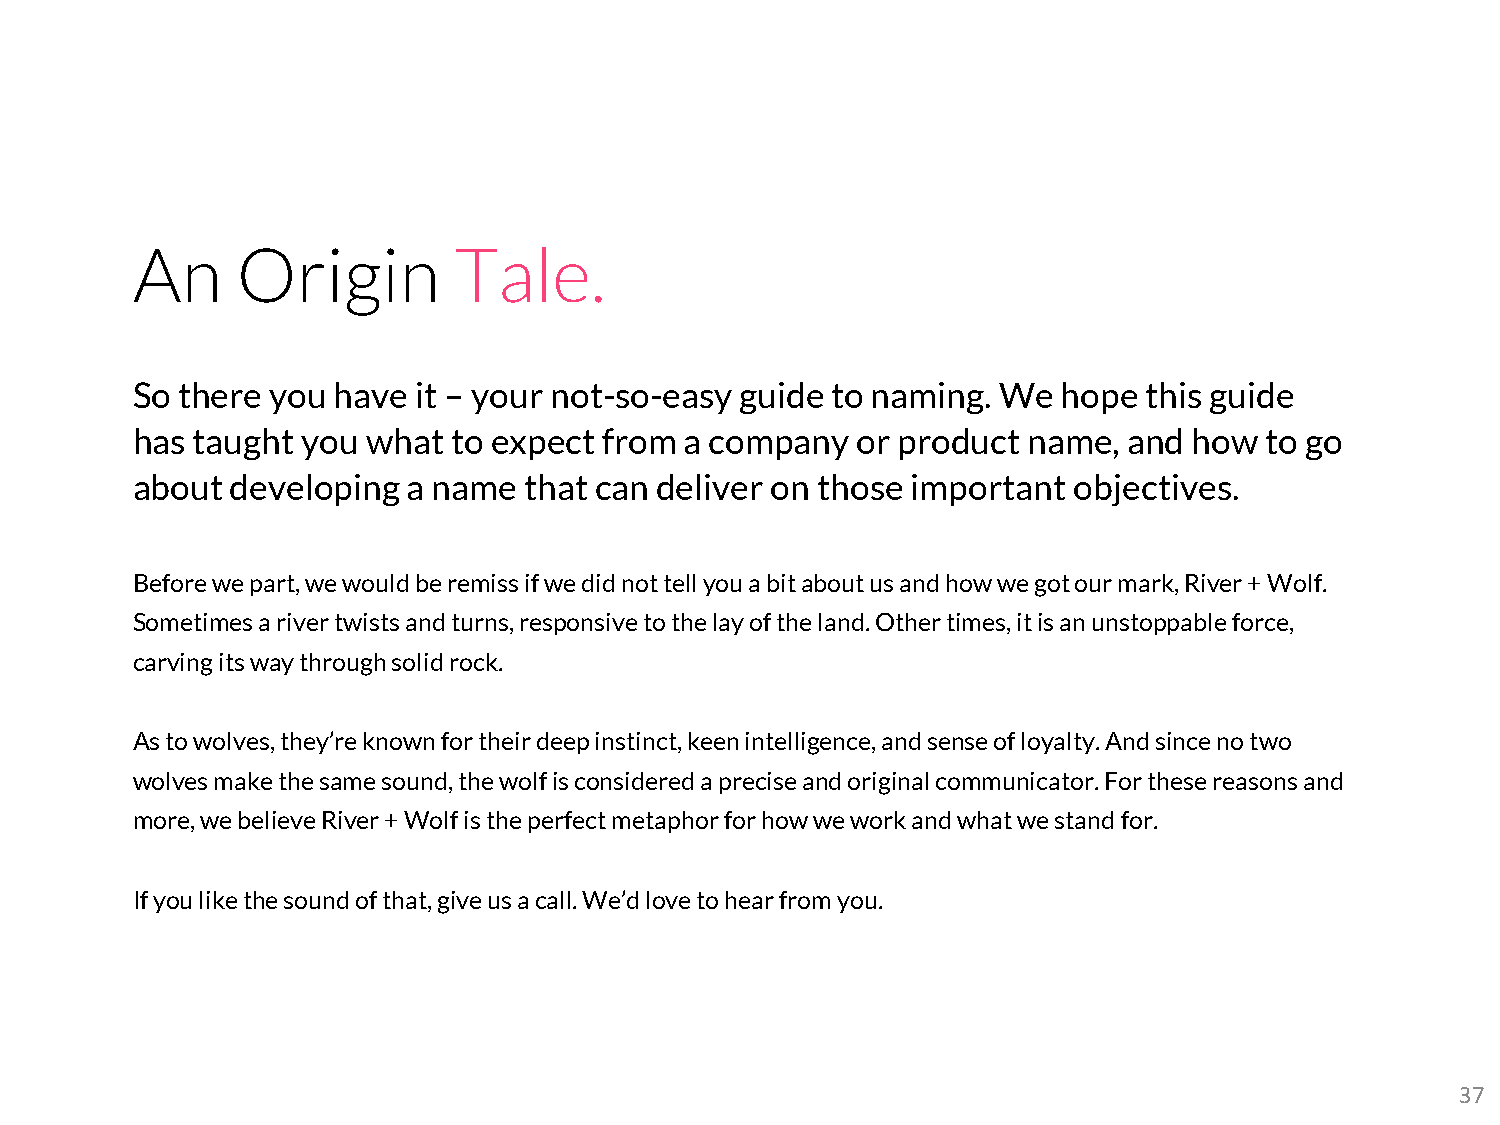
An     Origin        Tale.
 So there you have it – your not-so-easy guide to naming. We  hope  this guide
 has taught you what  to expect from a company   or product name,  and how  to go
 about developing  a name  that can deliver on those important objectives.
 Before we part, we would be remiss if we did not tell you a bit about us and how we got our mark, River + Wolf.
 Sometimes a river twists and turns, responsive to the lay of the land. Other times, it is an unstoppable force,
 carving its way through solid rock.
 As to wolves, they’re known for their deep instinct, keen intelligence, and sense of loyalty. And since no two
 wolves make the same sound, the wolf is considered a precise and original communicator. For these reasons and
 more, we believe River + Wolf is the perfect metaphor for how we work and what we stand for.
 If you like the sound of that, give us a call. We’d love to hear from you.
 37